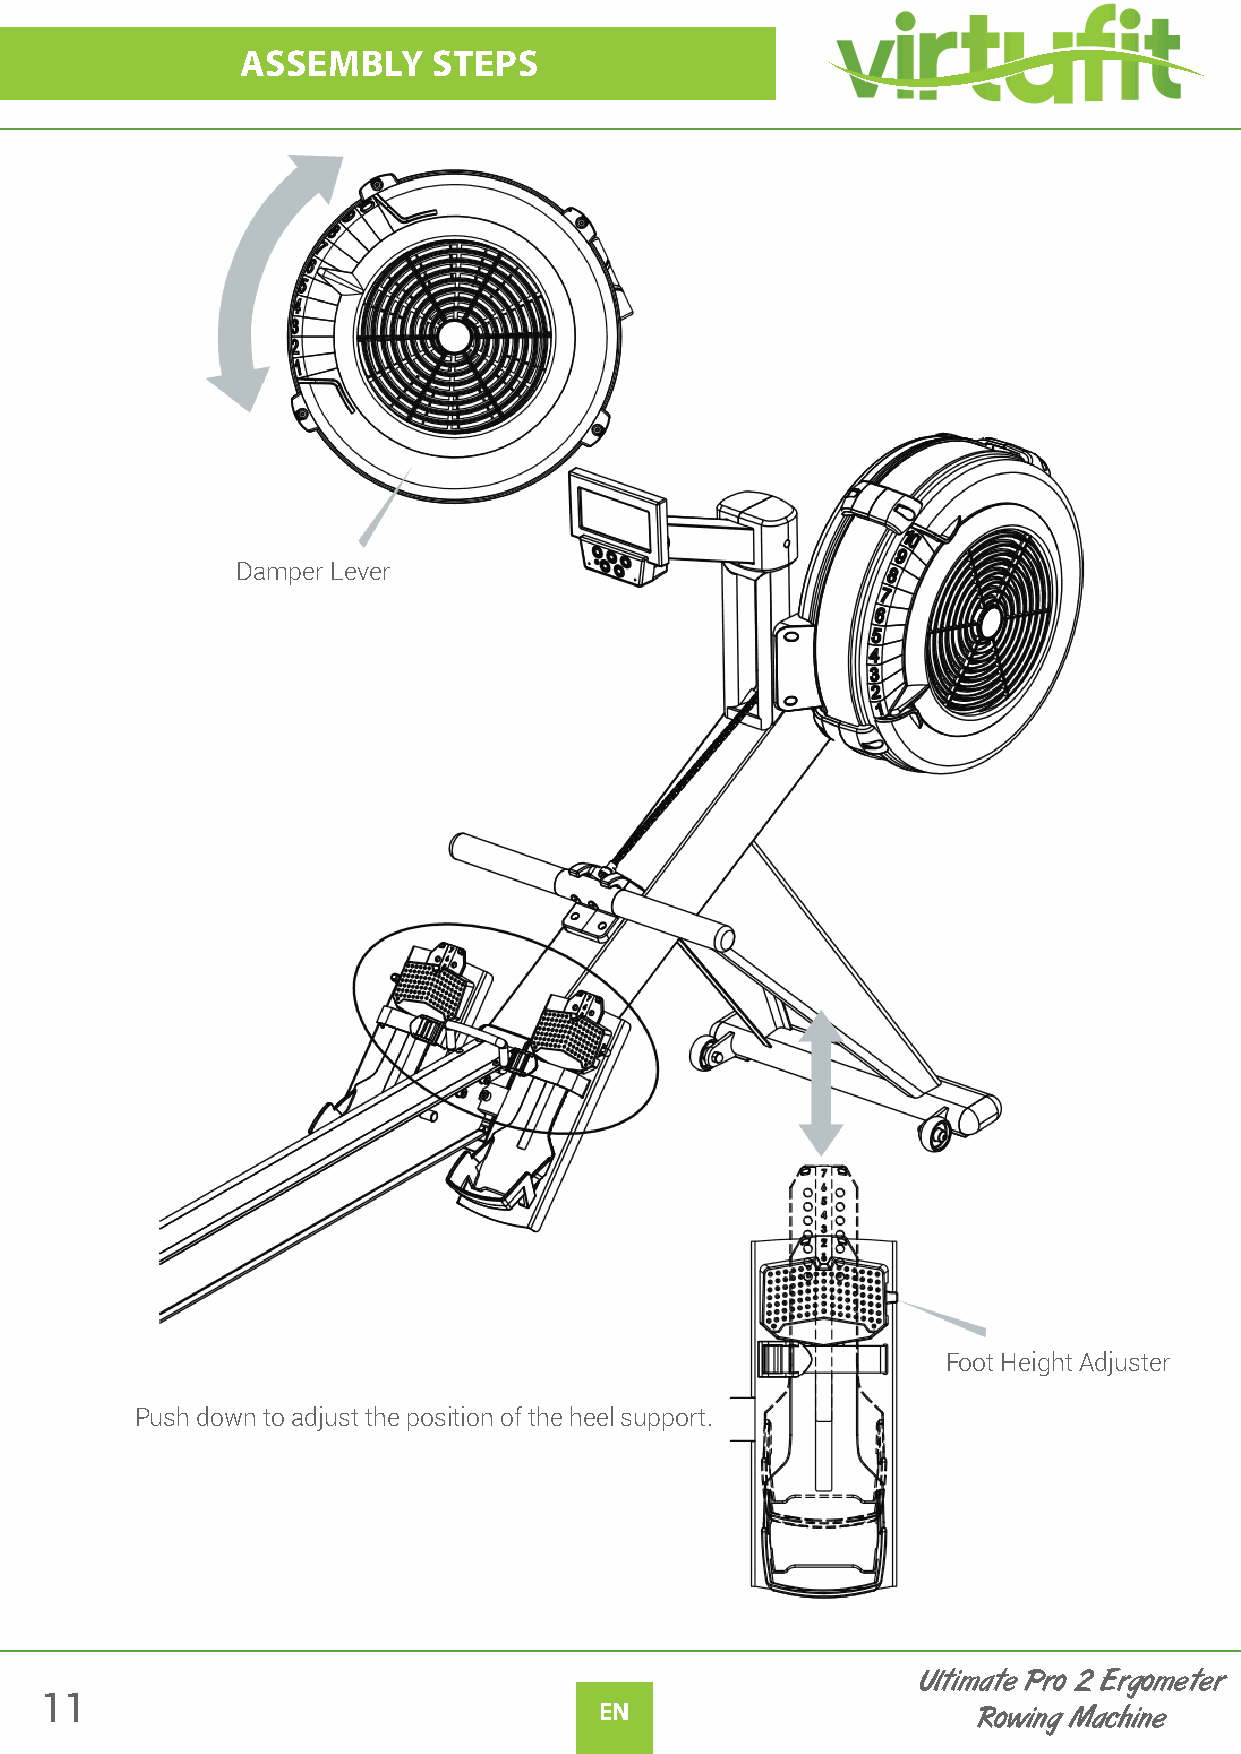
ASSEMBLY     STEPS
 Damper Lever
 Foot Height Adjuster
 Push down to adjust the position of the heel support.
 Ultimate Pro 2 Ergometer
 11
 EN                       Rowing Machine